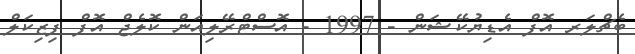
ބެޗްލަރ އޮފް އެޑިޔުކޭޝަން - 1997 - އޮސްޓްރޭލިއަން ކޮލެޖް އޮފް ފިޒިކަލް